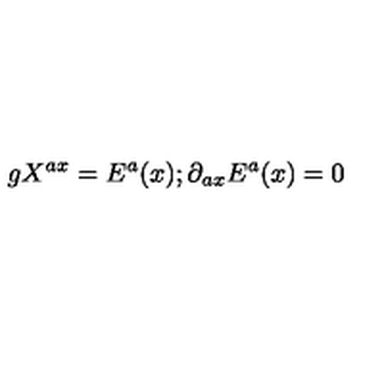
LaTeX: g X ^ { a x } = E ^ { a } ( x ) ; \partial _ { a x } E ^ { a } ( x ) = 0